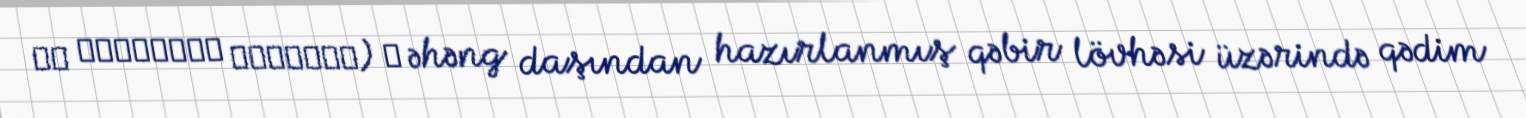
უმ ლეისუნის წარწერა) ― əhəng daşından hazırlanmış qəbir lövhəsi üzərində qədim